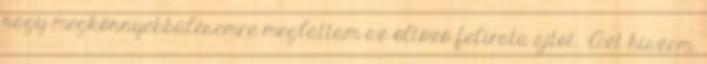
nagy megkönnyebbülésemre megláttam az öltöző feliratú ajtót. -Azt hiszem.